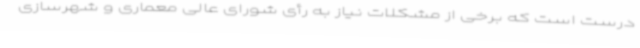
درست است که برخی از مشکلات نیاز به رأی شورای عالی معماری و شهرسازی